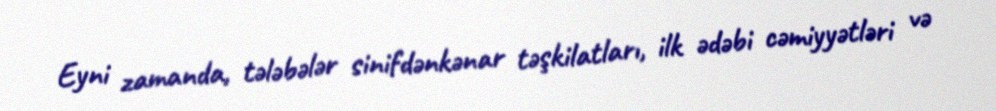
Eyni zamanda, tələbələr sinifdənkənar təşkilatları, ilk ədəbi cəmiyyətləri və